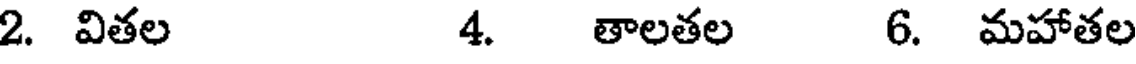
2. వితల 4. తాలతల 6. మహాతల